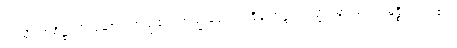
ဤသို့။ အဓိဋ္ဌာသိ၊ ဆောက်တည်၏။ တသ္မိံ ခဏေ၊ ထိုခဏ၌။ ကဏ္ဍံ၊ မြားသည်။ မုစ္စိ၊ လွတ်၏။